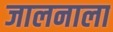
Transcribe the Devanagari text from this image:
जालनाला